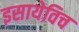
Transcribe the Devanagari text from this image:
इसायेविच